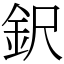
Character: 鈬